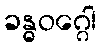
ခန္ဓဝဂ္ဂေါ